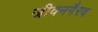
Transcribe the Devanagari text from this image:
जीवनगैरव